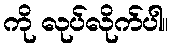
ကို လုပ်လိုက်ပါ။